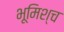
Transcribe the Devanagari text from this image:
भूमिश्च